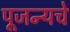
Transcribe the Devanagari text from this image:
पूजन्यचे